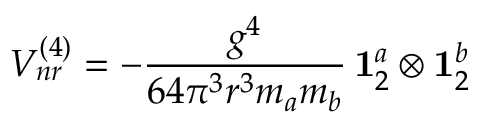
V _ { n r } ^ { ( 4 ) } = - \frac { g ^ { 4 } } { 6 4 \pi ^ { 3 } r ^ { 3 } m _ { a } m _ { b } } \, { \bf 1 } _ { 2 } ^ { a } \otimes { \bf 1 } _ { 2 } ^ { b }